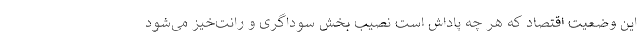
این وضعیت اقتصاد که هر چه پاداش است نصیب بخش سوداگری و رانت‌خیز می‌شود